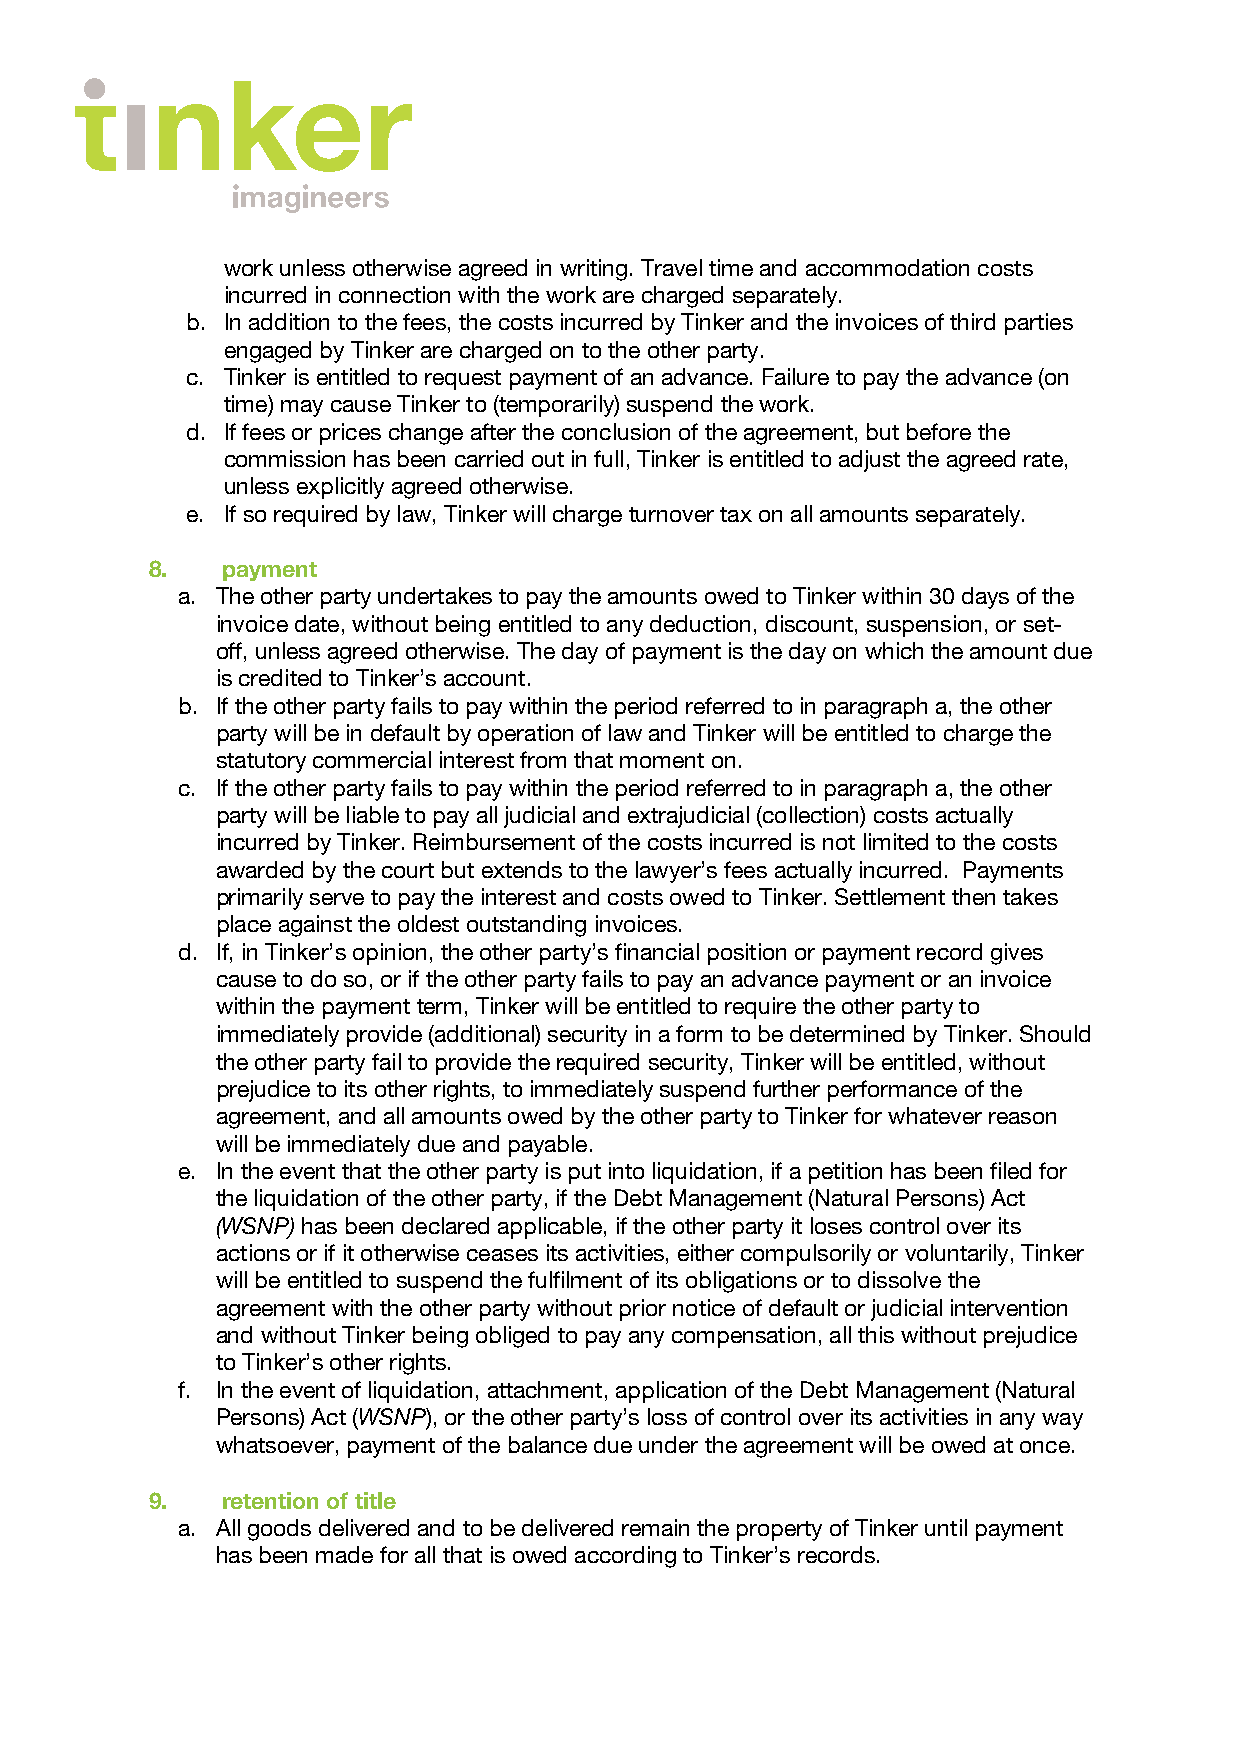
work unless otherwise agreed in writing. Travel time and accommodation costs
 incurred in connection with the work are charged separately.
 b. In addition to the fees, the costs incurred by Tinker and the invoices of third parties
 engaged by Tinker are charged on to the other party.
 c. Tinker is entitled to request payment of an advance. Failure to pay the advance (on
 time) may cause Tinker to (temporarily) suspend the work.
 d. If fees or prices change after the conclusion of the agreement, but before the
 commission has been carried out in full, Tinker is entitled to adjust the agreed rate,
 unless explicitly agreed otherwise.
 e. If so required by law, Tinker will charge turnover tax on all amounts separately.
 8.   payment
 a. The other party undertakes to pay the amounts owed to Tinker within 30 days of the
 invoice date, without being entitled to any deduction, discount, suspension, or set-
 off, unless agreed otherwise. The day of payment is the day on which the amount due
 is credited to Tinker’s account.
 b. If the other party fails to pay within the period referred to in paragraph a, the other
 party will be in default by operation of law and Tinker will be entitled to charge the
 statutory commercial interest from that moment on.
 c. If the other party fails to pay within the period referred to in paragraph a, the other
 party will be liable to pay all judicial and extrajudicial (collection) costs actually
 incurred by Tinker. Reimbursement of the costs incurred is not limited to the costs
 awarded by the court but extends to the lawyer’s fees actually incurred. Payments
 primarily serve to pay the interest and costs owed to Tinker. Settlement then takes
 place against the oldest outstanding invoices.
 d. If, in Tinker’s opinion, the other party’s financial position or payment record gives
 cause to do so, or if the other party fails to pay an advance payment or an invoice
 within the payment term, Tinker will be entitled to require the other party to
 immediately provide (additional) security in a form to be determined by Tinker. Should
 the other party fail to provide the required security, Tinker will be entitled, without
 prejudice to its other rights, to immediately suspend further performance of the
 agreement, and all amounts owed by the other party to Tinker for whatever reason
 will be immediately due and payable.
 e. In the event that the other party is put into liquidation, if a petition has been filed for
 the liquidation of the other party, if the Debt Management (Natural Persons) Act
 (WSNP) has been declared applicable, if the other party it loses control over its
 actions or if it otherwise ceases its activities, either compulsorily or voluntarily, Tinker
 will be entitled to suspend the fulfilment of its obligations or to dissolve the
 agreement with the other party without prior notice of default or judicial intervention
 and without Tinker being obliged to pay any compensation, all this without prejudice
 to Tinker’s other rights.
 f. In the event of liquidation, attachment, application of the Debt Management (Natural
 Persons) Act (WSNP), or the other party’s loss of control over its activities in any way
 whatsoever, payment of the balance due under the agreement will be owed at once.
 9.   retention of title
 a. All goods delivered and to be delivered remain the property of Tinker until payment
 has been made for all that is owed according to Tinker’s records.